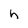
Character: h